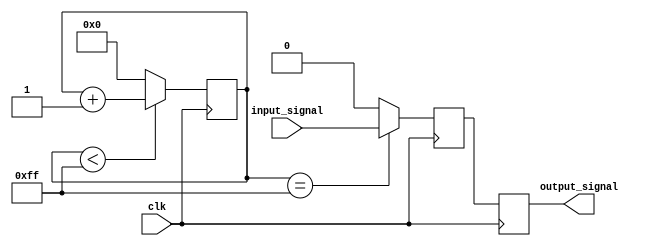
module RC_Delay(
    input wire clk,
    input wire input_signal,
    output reg output_signal
);

// Define RC circuit parameters
parameter resistor_value = 100; // Value of resistor in ohms
parameter capacitor_value = 0.1; // Value of capacitor in Farads

// Define internal signals
reg [7:0] delay_counter = 8'd0; // 8-bit counter to control delay
reg delayed_signal; // Internal signal for delayed output

always @(posedge clk) begin
    // Increment delay counter
    if (delay_counter < 8'd255) begin
        delay_counter <= delay_counter + 1;
    end else begin
        delay_counter <= 8'd0;
    end
    
    // Implement RC delay using resistor and capacitor values
    // Delay = R * C = 100 ohms * 0.1 F = 10 ms
    if (delay_counter == 8'd255) begin
        delayed_signal <= input_signal;
    end else begin
        delayed_signal <= 1'b0; // introduce delay
    end
end

// Synchronize delayed signal with input clock
always @(posedge clk) begin
    output_signal <= delayed_signal;
end

endmodule